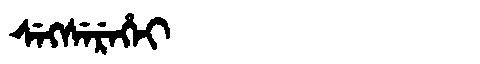
Manchu: ᠰᡝᡴᠰᡝᡵᡝᡥᡝᡳ
Romanization: SEKSEREHEI